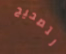
لتصحيح